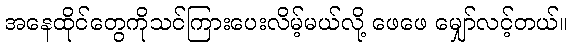
အနေထိုင်တွေကိုသင်ကြားပေးလိမ့်မယ်လို့ ဖေဖေ မျှော်လင့်တယ်။